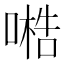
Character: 𠻧